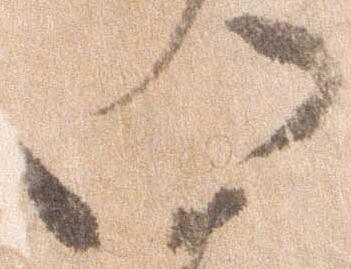
い